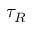
\tau _ { R }